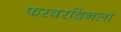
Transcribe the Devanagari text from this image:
फरवरदिनला